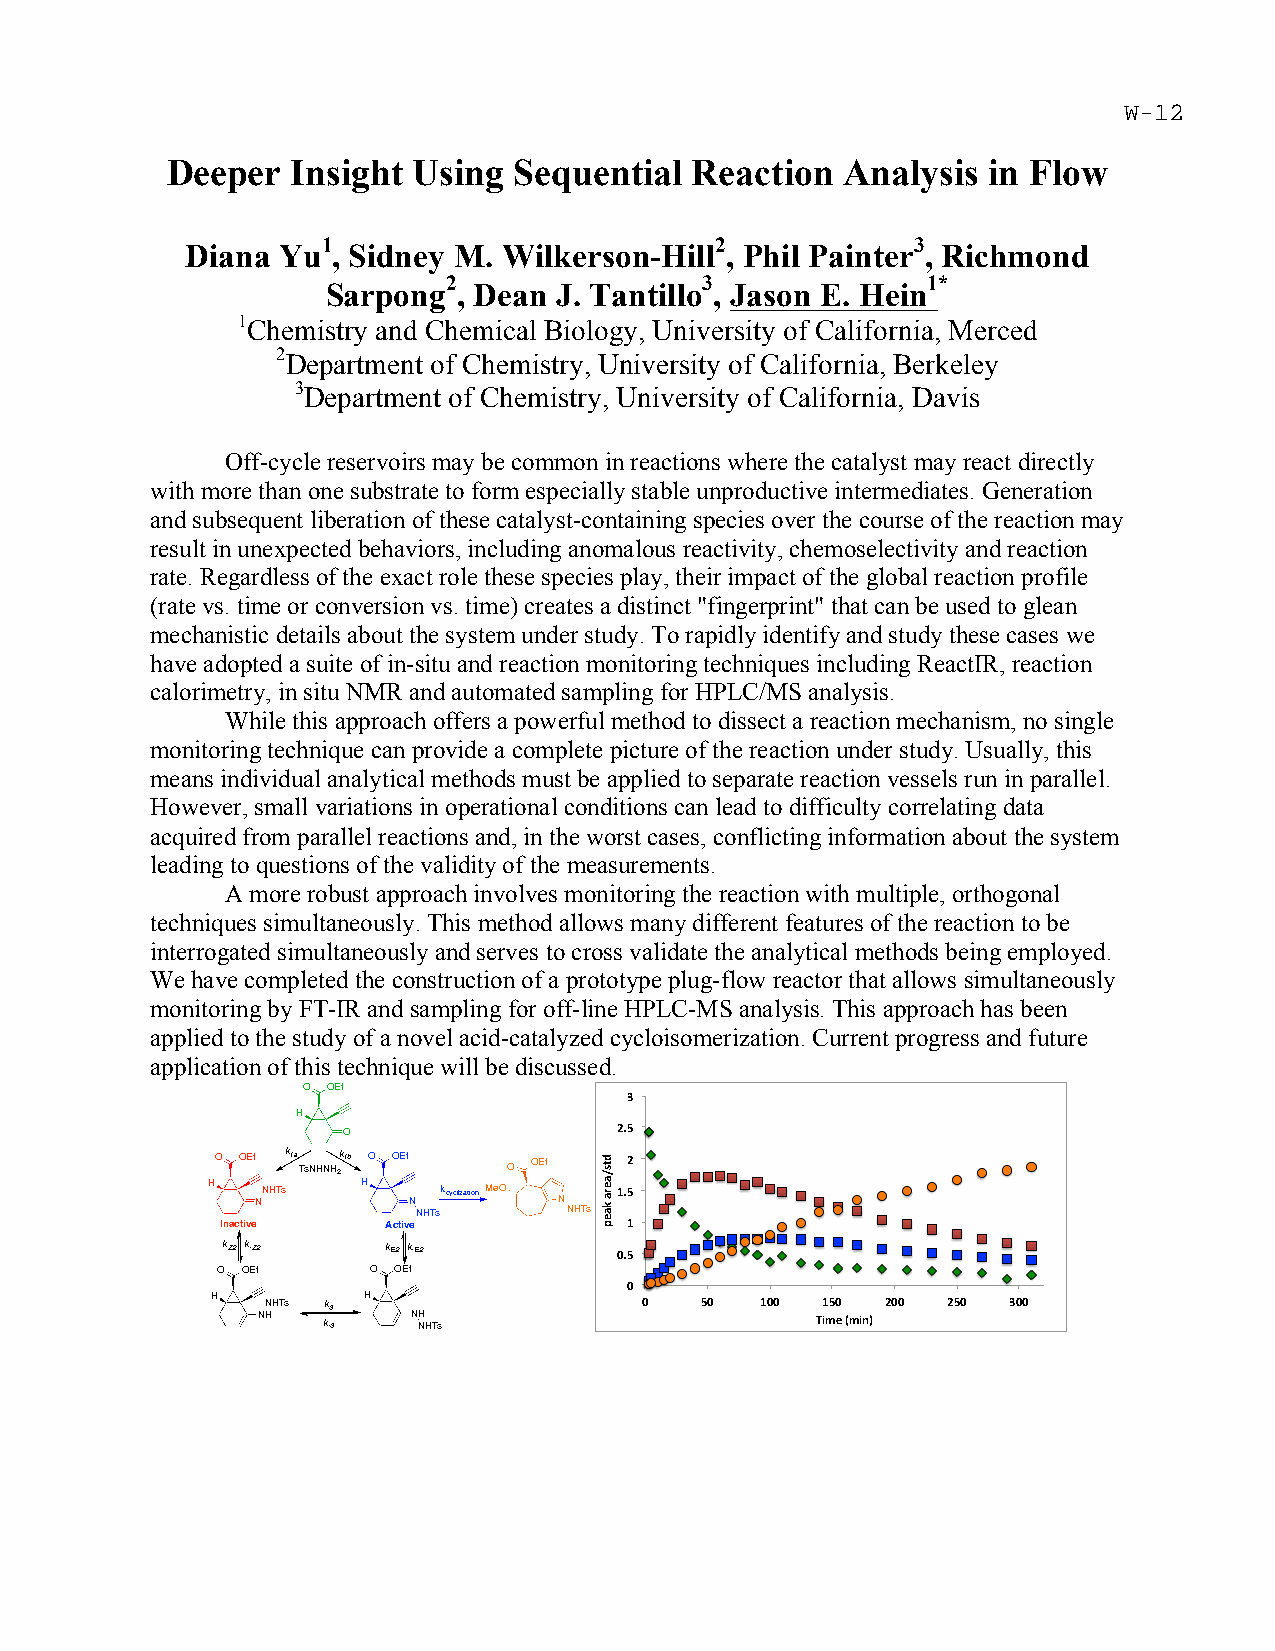
Deeper  Insight Using  Sequential  Reaction  Analysis in Flow
 1                         2             3
 Diana Yu  , Sidney M. Wilkerson-Hill , Phil Painter , Richmond
 2                3             1*
 Sarpong , Dean J. Tantillo , Jason E. Hein
 1Chemistry and Chemical Biology, University of California, Merced
 2Department of Chemistry, University of California, Berkeley
 3Department of Chemistry, University of California, Davis
 Off-cycle reservoirs may be common in reactions where the catalyst may react directly
 with more than one substrate to form especially stable unproductive intermediates. Generation
 and subsequent liberation of these catalyst-containing species over the course of the reaction may
 result in unexpected behaviors, including anomalous reactivity, chemoselectivity and reaction
 rate. Regardless of the exact role these species play, their impact of the global reaction profile
 (rate vs. time or conversion vs. time) creates a distinct "fingerprint" that can be used to glean
 mechanistic details about the system under study. To rapidly identify and study these cases we
 have adopted a suite of in-situ and reaction monitoring techniques including ReactIR, reaction
 calorimetry, in situ NMR and automated sampling for HPLC/MS analysis.
 While this approach offers a powerful method to dissect a reaction mechanism, no single
 monitoring technique can provide a complete picture of the reaction under study. Usually, this
 means individual analytical methods must be applied to separate reaction vessels run in parallel.
 However, small variations in operational conditions can lead to difficulty correlating data
 acquired from parallel reactions and, in the worst cases, conflicting information about the system
 leading to questions of the validity of the measurements.
 A more robust approach involves monitoring the reaction with multiple, orthogonal
 techniques simultaneously. This method allows many different features of the reaction to be
 interrogated simultaneously and serves to cross validate the analytical methods being employed.
 We have completed the construction of a prototype plug-flow reactor that allows simultaneously
 monitoring by FT-IR and sampling for off-line HPLC-MS analysis. This approach has been
 applied to the study of a novel acid-catalyzed cycloisomerization. Current progress and future
 application of this technique will be discussed.
 O OEt
 '"
 H
 O                 &#$"
 O OEt k1a TsNHNH2k1b O OEt O OEt &"
 H  NNHTs  H
 N
 kcyclizationMeO
 N
 %#$"
 NHTs      NHTs
 Inactive   Active         %"
 kZ2 k-Z2  kE2 k-E2
 !#$"
 O OEt      O OEt
 !"
 H  NN HHTs kk -3
 3
 H  N NH
 HTs
 !"  $!" %!!" 12% 3$! )" "43256" &!!" &$!" '!!"
 "0/.-*),*"+*)(